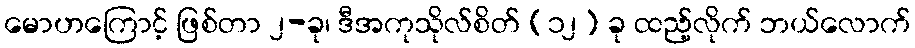
မောဟကြောင့် ဖြစ်တာ ၂-ခု၊ ဒီအကုသိုလ်စိတ် (၁၂) ခု ထည့်လိုက် ဘယ်လောက်